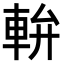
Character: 𨋒